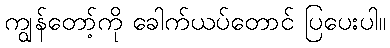
ကျွန်တော့်ကို ခေါက်ယပ်တောင် ပြပေးပါ။